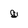
Character: g